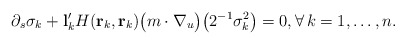
\begin{align*} \partial_s\sigma_k + \mathbf l'_kH(\mathbf r_k,\mathbf r_k)\big(m\cdot\nabla_u\big)\big(2^{-1}\sigma_k^2\big)=0, \forall\,k=1,\ldots,n.\end{align*}